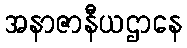
အနာဇာနီယဌာနေ